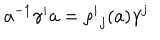
a ^ { - 1 } \gamma ^ { i } a = { \rho ^ { i } } _ { j } ( a ) \gamma ^ { j }